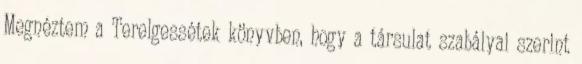
Megnéztem a Terelgessétek könyvben, hogy a társulat szabályai szerint